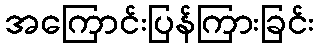
အကြောင်းပြန်ကြားခြင်း